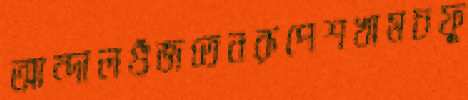
আন্দালগুঁজতেনরূপেশখামচফু